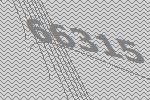
66315